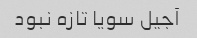
آجیل سویا تازه نبود